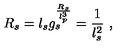
R _ { s } = l _ { s } g _ { s } \sp \frac { R _ { s } } { l _ { p } ^ { 3 } } = \frac { 1 } { l _ { s } ^ { 2 } } \ ,